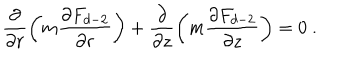
\frac { \partial } { \partial r } \left( m \frac { \partial F _ { d - 2 } } { \partial r } \right) + \frac { \partial } { \partial z } \left( m \frac { \partial F _ { d - 2 } } { \partial z } \right) = 0 \ .